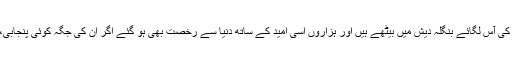
اردو بولنے والے لاکھوں بہاری مہاجرین جو 1971 سے اب تک پاکستان جانے کی آس لگائے بنگلہ دیش میں بیٹھے ہیں اور ہزاروں اسی امید کے ساتھ دنیا سے رخصت بھی ہو گئے اگر ان کی جگہ کوئی پنجابی، سندھی یا پٹھان ہوتے تو حکومت پاکستان اسی طرح انہیں بے سہارا چھوڑ دیتی؟